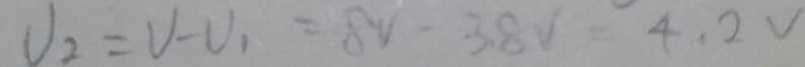
V _ { 2 } = V - V _ { 1 } = 8 v - 3 . 8 V = 4 . 2 V